Document type: payment_order
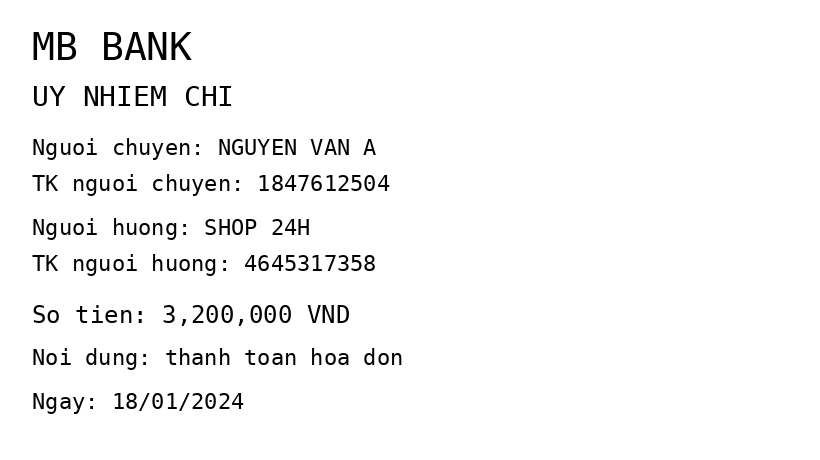
OCR transcript:
MB BANK
UY NHIEM CHI
Nguoi chuyen: NGUYEN VAN A
TK nguoi chuyen: 1847612504
Nguoi huong: SHOP 24H
TK nguoi huong: 4645317358
So tien: 3,200,000 VND
Noi dung: thanh toan hoa don
Ngay: 18/01/2024
Extracted fields:
bank_name: mb bank
sender_name: nguyen van a
sender_account: 1847612504
beneficiary_name: shop 24h
beneficiary_account: 4645317358
amount: 3200000
content: thanh toan hoa don
date: 2024-01-18